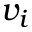
v _ { i }